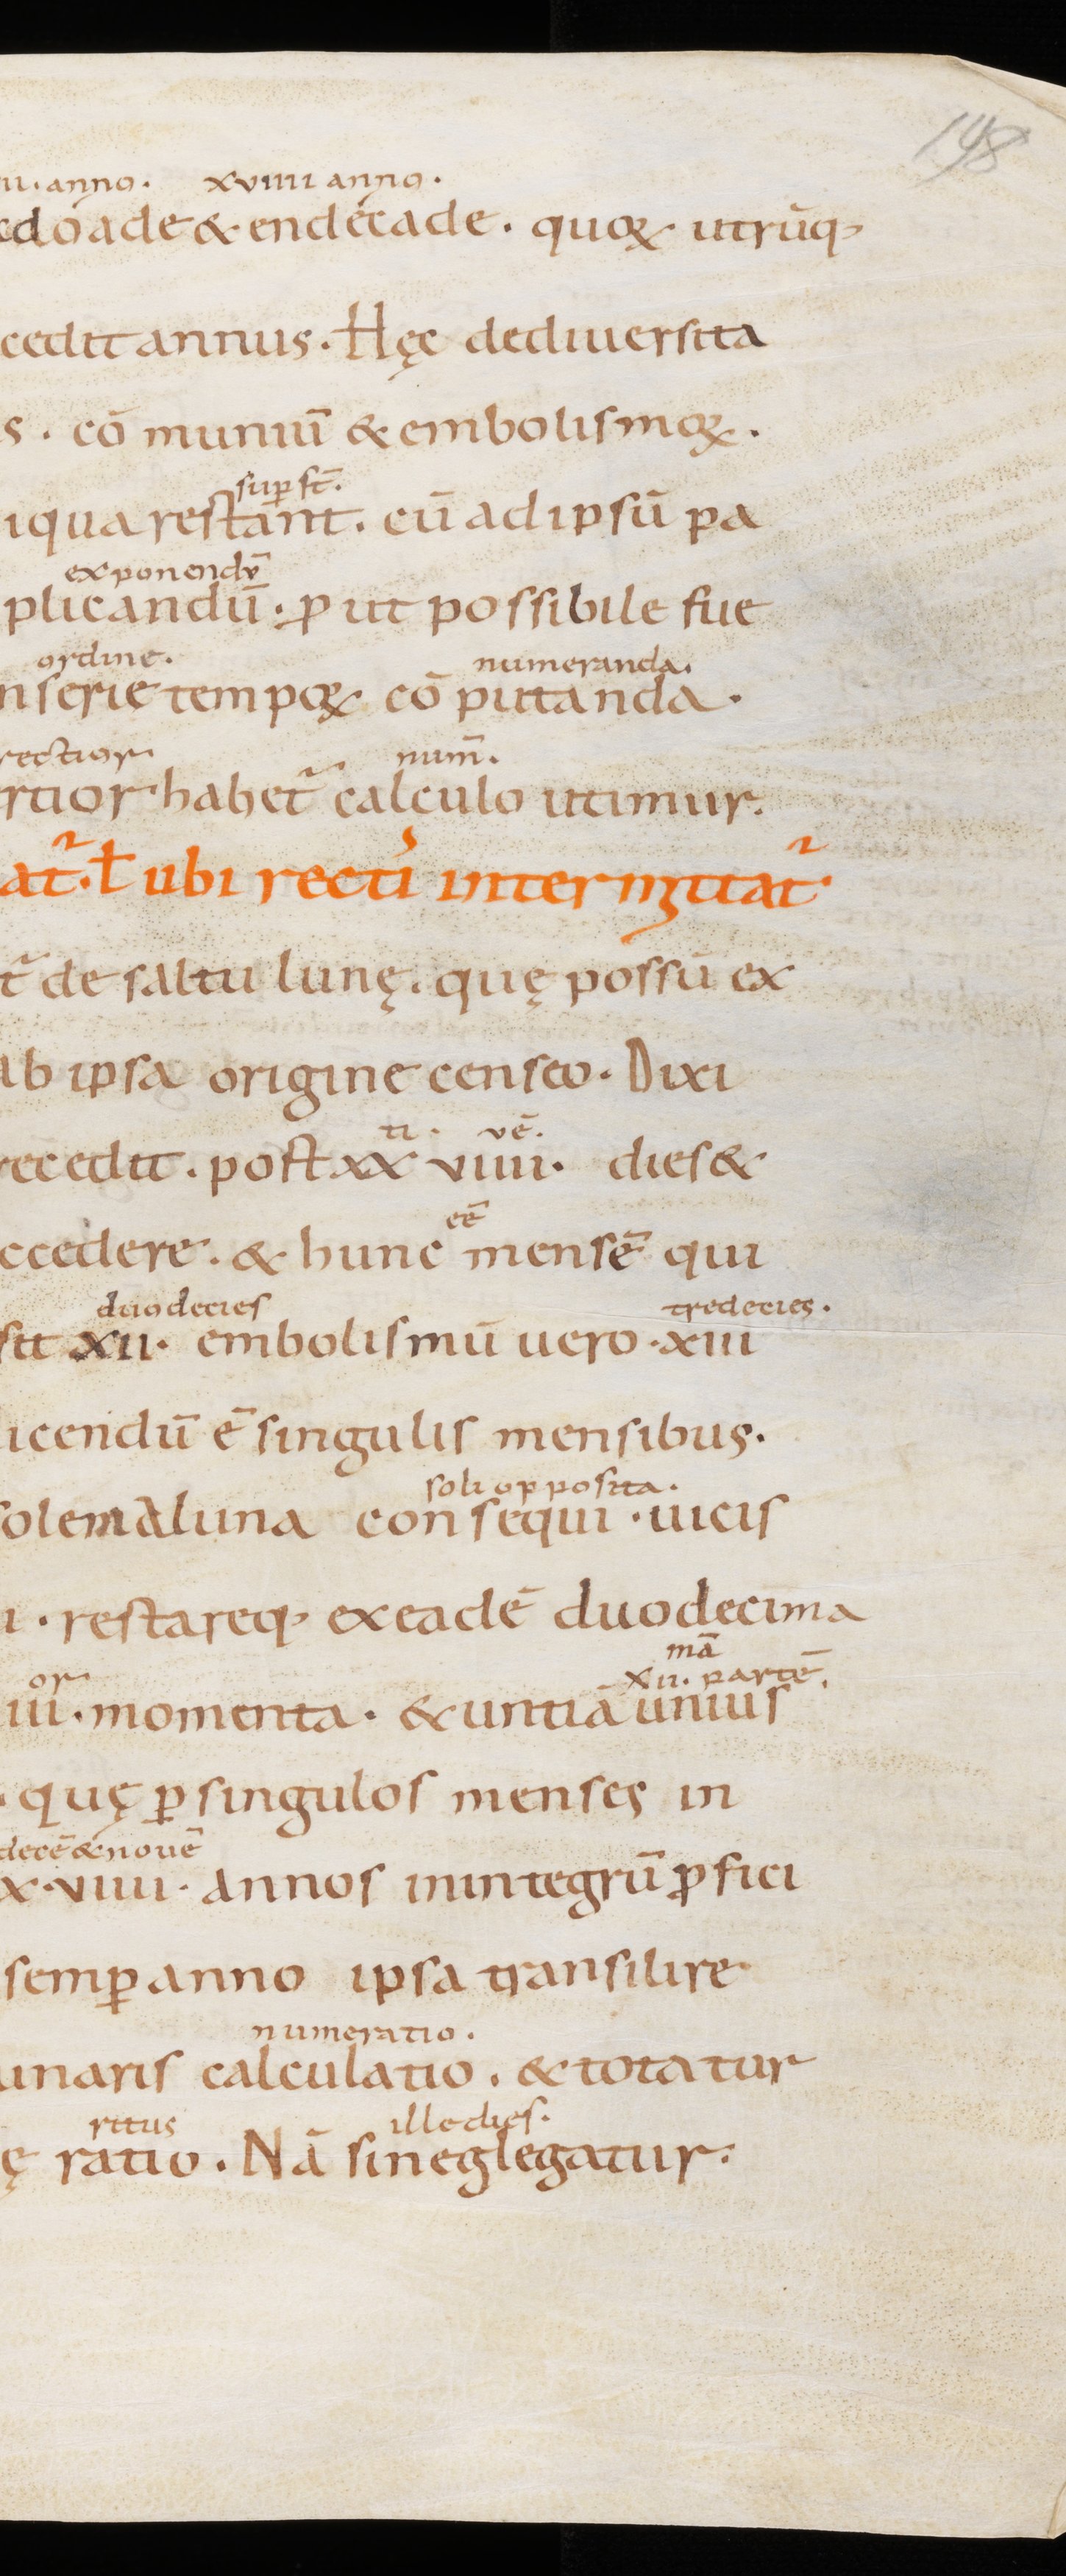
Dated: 800–1399